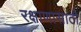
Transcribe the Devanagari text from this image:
रक्षाणासाठी